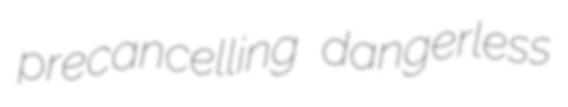
precancelling dangerless